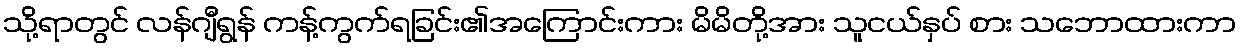
သို့ရာတွင် လန်ဂျီရွန် ကန့်ကွက်ရခြင်း၏အကြောင်းကား မိမိတို့အား သူငယ်နှပ် စား သဘောထားကာ